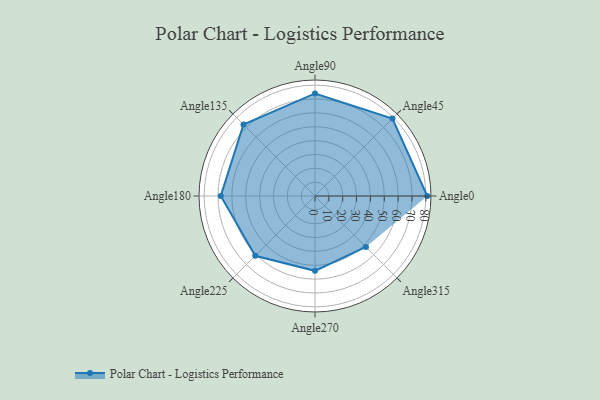
{"axis": {"x": "Angle", "y": "Radius"}, "legend": [""], "data": [{"x": "Angle0", "y": 81.0, "type": ""}, {"x": "Angle45", "y": 79.0, "type": ""}, {"x": "Angle90", "y": 74.0, "type": ""}, {"x": "Angle135", "y": 73.0, "type": ""}, {"x": "Angle180", "y": 68.0, "type": ""}, {"x": "Angle225", "y": 61.0, "type": ""}, {"x": "Angle270", "y": 54.0, "type": ""}, {"x": "Angle315", "y": 52.0, "type": ""}]}